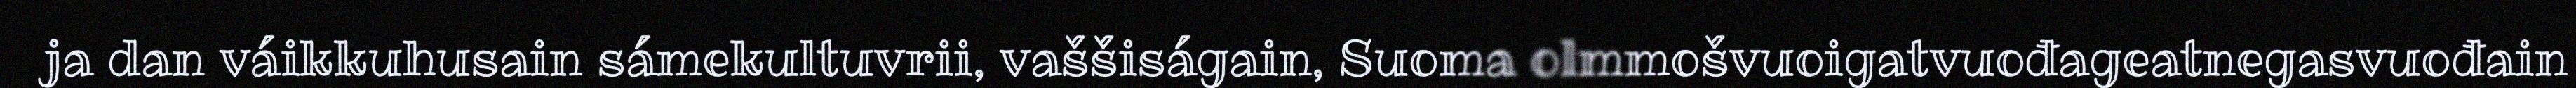
ja dan váikkuhusain sámekultuvrii, vaššiságain, Suoma olmmošvuoigatvuođageatnegasvuođain